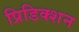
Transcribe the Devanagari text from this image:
प्रिडिक्शन